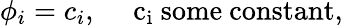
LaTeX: \phi_{i}=c_{i},\quad\mathrm{~c_{i}~some~constant},